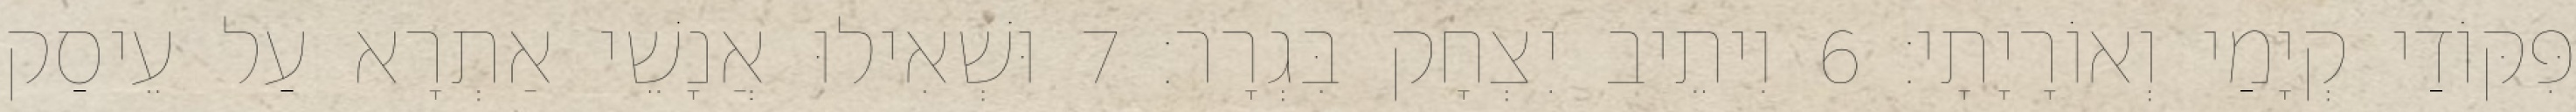
פִּקּוֹדַי קְיָמַי וְאוֹרָיָתָי׃ 6 וִיתֵיב יִצְחָק בִּגְרָר׃ 7 וּשְׁאִילוּ אֲנָשֵׁי אַתְרָא עַל עֵיסַק